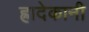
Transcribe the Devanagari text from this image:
ह्रादेकानी